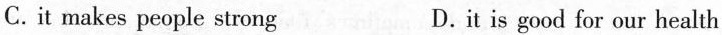
C.it makes people strong D.it is good for our health